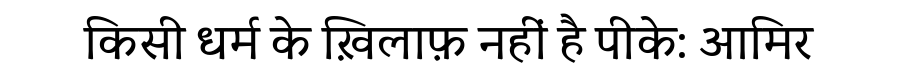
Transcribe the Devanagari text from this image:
किसी धर्म के ख़िलाफ़ नहीं है पीके: आमिर